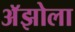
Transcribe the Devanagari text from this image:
अॅझोला